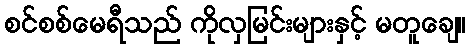
စင်စစ်မေရီသည် ကိုလှမြင်းများနှင့် မတူချေ။